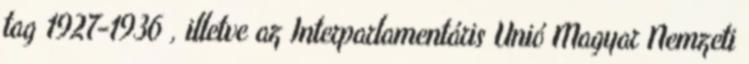
tag 1927-1936 , illetve az Interparlamentáris Unió Magyar Nemzeti